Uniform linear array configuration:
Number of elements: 4
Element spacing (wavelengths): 0.25
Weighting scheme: kaiser
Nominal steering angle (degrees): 60
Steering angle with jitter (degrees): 61.967
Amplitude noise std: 0.05
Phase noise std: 0.05

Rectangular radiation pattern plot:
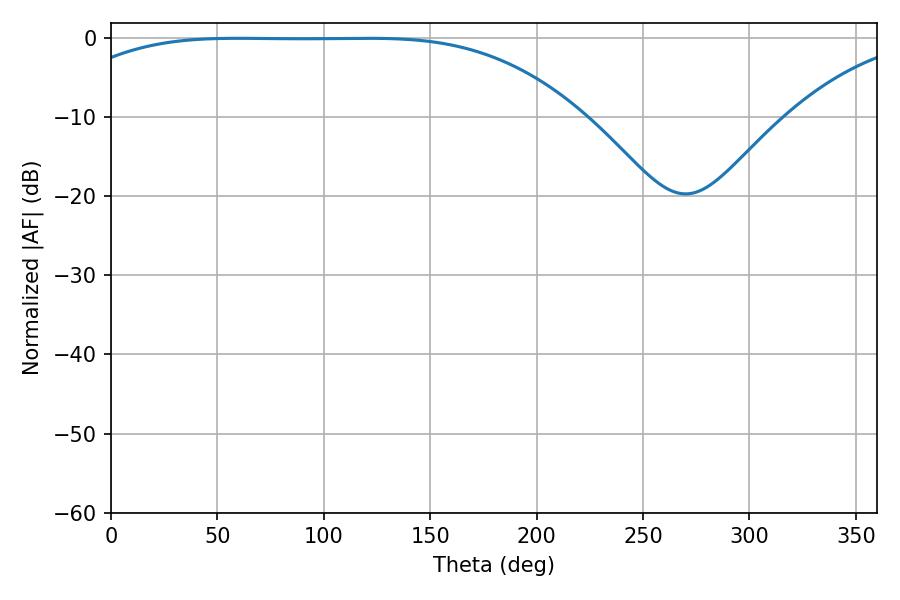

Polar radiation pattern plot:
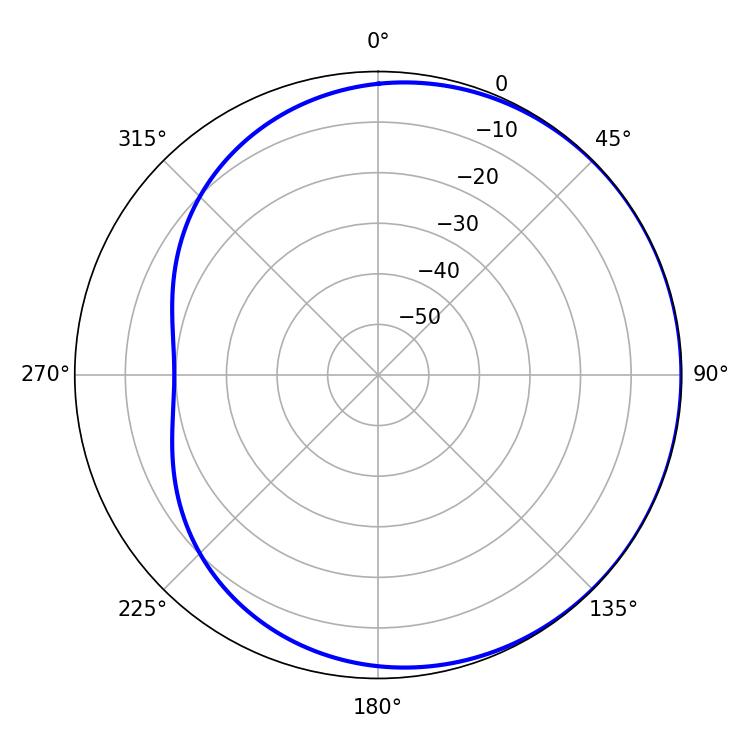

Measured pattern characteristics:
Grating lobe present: FALSE
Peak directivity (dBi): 0.5786
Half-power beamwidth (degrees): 185.22
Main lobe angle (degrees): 59.76